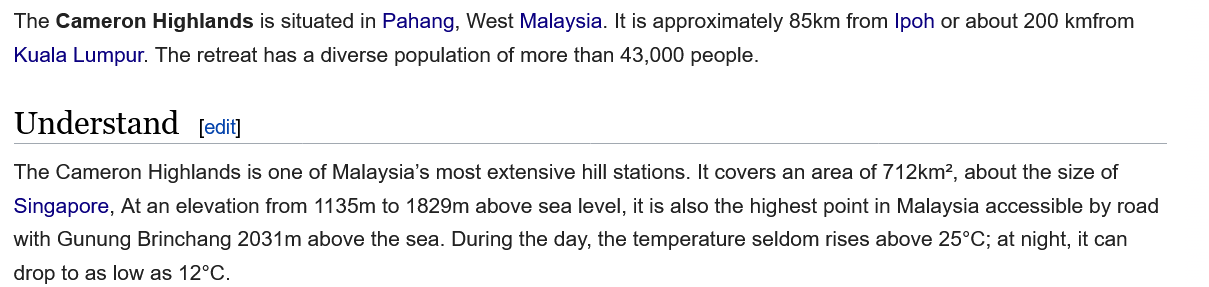
The Cameron Highlands is situated in Pahang, West Malaysia. It is approximately 85km from Ipoh or about 200 kmfrom
  Kuala Lumpur. The retreat has a diverse population of more than 43,000 people.
  Understand    [edit]
  The Cameron Highlands is one of Malaysia’s most extensive hill stations. It covers an area of 712km?, about the size of
  Singapore, At an elevation from 1135m to 1829m above sea level, it is also the highest point in Malaysia accessible by road
  with Gunung Brinchang 2031m above the sea. During the day, the temperature seldom rises above 25°C; at night, it can
  drop to as low as 12°C.